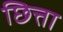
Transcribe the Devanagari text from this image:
छित्ता